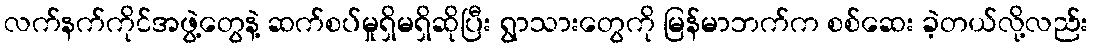
လက်နက်ကိုင်အဖွဲ့တွေနဲ့ ဆက်စပ်မှုရှိမရှိဆိုပြီး ရွာသားတွေကို မြန်မာဘက်က စစ်ဆေး ခဲ့တယ်လို့လည်း